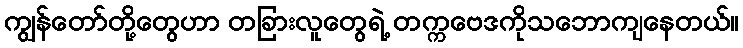
ကျွန်တော်တို့တွေဟာ တခြားလူတွေရဲ့ တက္ကဗေဒကိုသဘောကျနေတယ်။